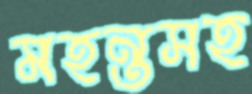
মহন্তসহ